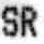
SR